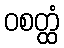
ဝစတ္ထံ